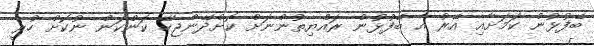
ބޭފުޅުން ކަމަށާއި އޭރު އެ ބޭފުޅުން ރައްޔިތުންނަށް ކޮށްދޭންޖެހޭ ކަންކަން ނުކޮށް ހުރީ